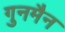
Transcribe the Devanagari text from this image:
गुनमैन